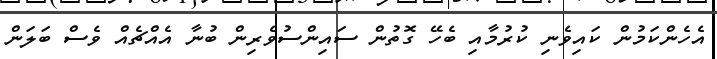
އެހެންކަމުން ކައިވެނި ކުރުމާއި ބެހޭ ގޮތުން ސައިންސުވެރިން ބުނާ އެއްޗެއް ވެސް ބަލަން